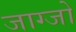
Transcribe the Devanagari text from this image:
जाग्जो